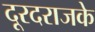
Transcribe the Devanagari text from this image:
दूरदराजके